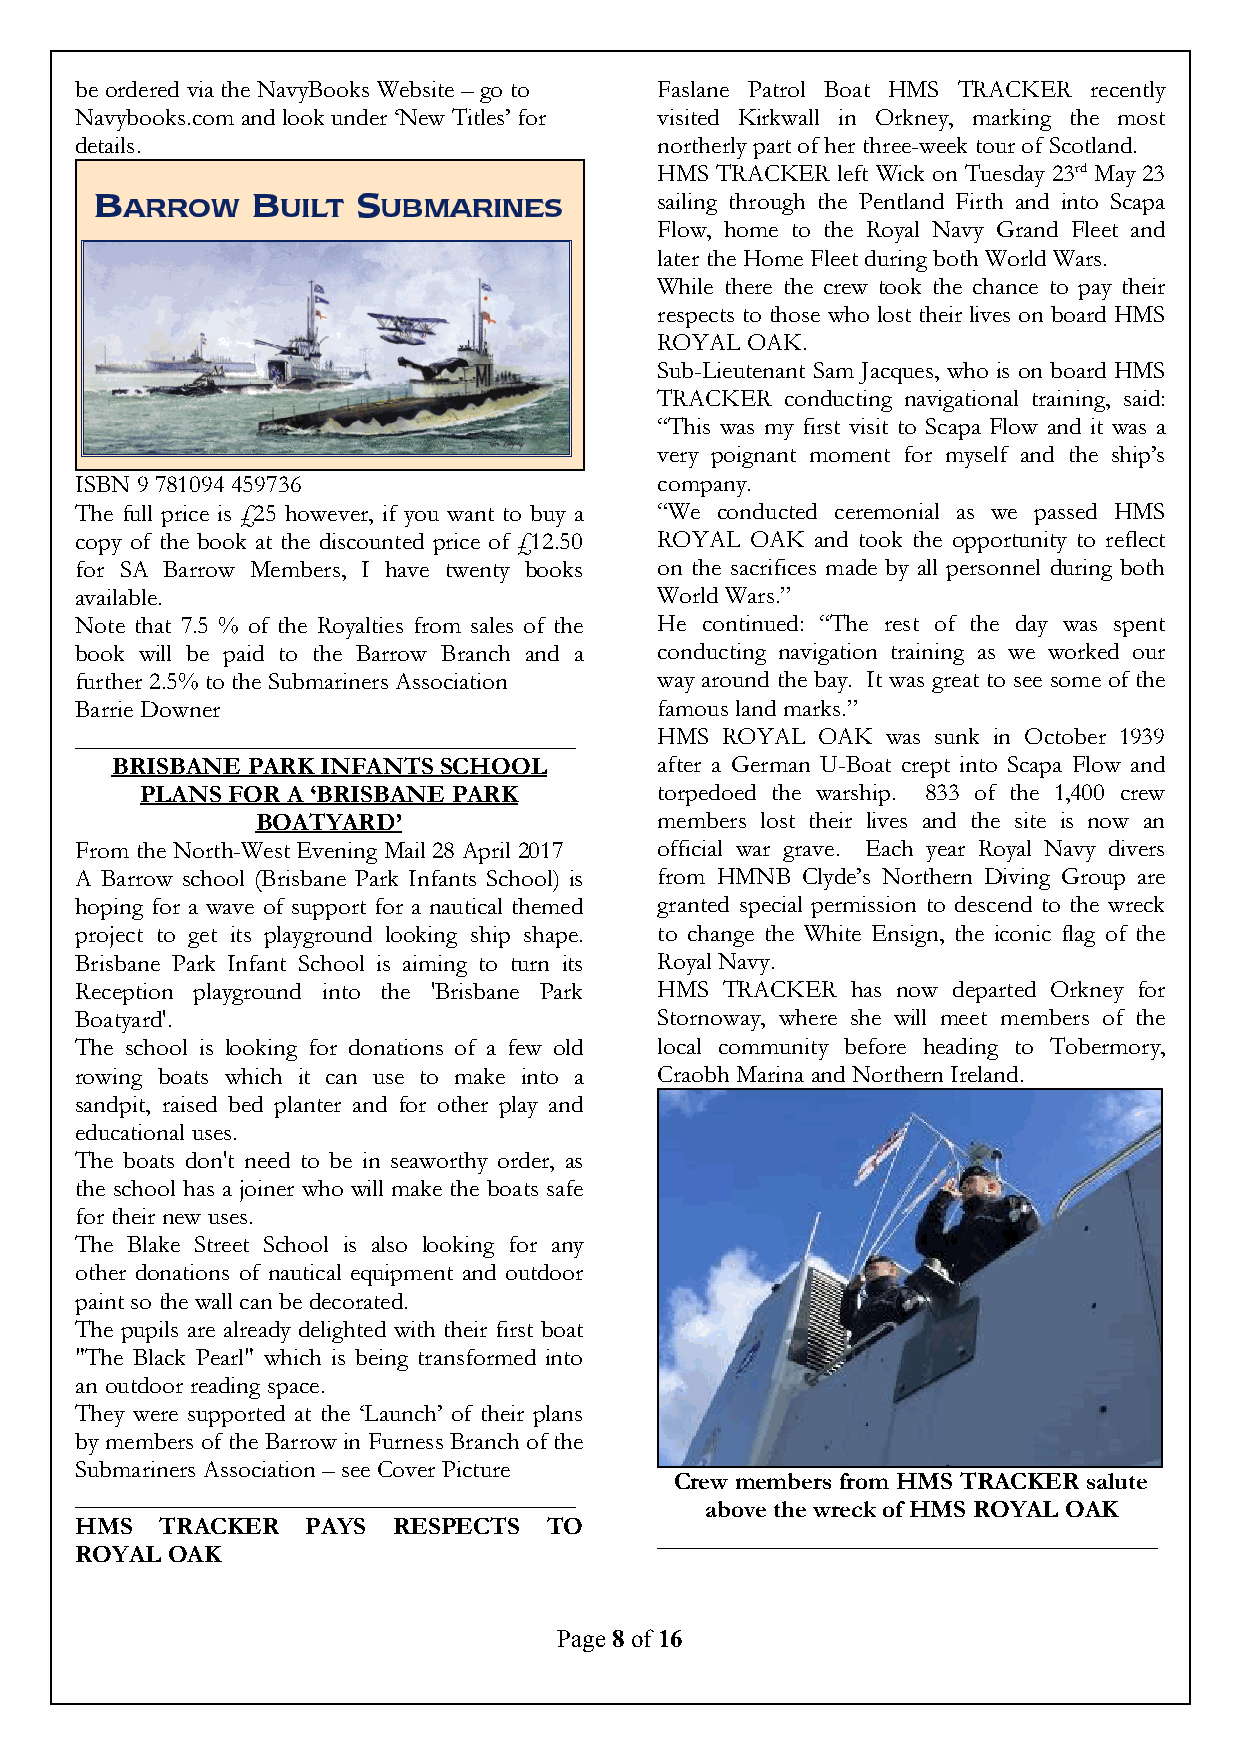
be ordered via the NavyBooks Website – go to Faslane Patrol Boat HMS TRACKER recently
 Navybooks.com and look under ‘New Titles’ for visited Kirkwall in Orkney, marking the most
 details.                              northerly part of her three-week tour of Scotland.
 HMS TRACKER left Wick on Tuesday 23rd May 23
 sailing through the Pentland Firth and into Scapa
 Flow, home to the Royal Navy Grand Fleet and
 later the Home Fleet during both World Wars.
 While there the crew took the chance to pay their
 respects to those who lost their lives on board HMS
 ROYAL OAK.
 Sub-Lieutenant Sam Jacques, who is on board HMS
 TRACKER  conducting navigational training, said:
 “This was my first visit to Scapa Flow and it was a
 very poignant moment for myself and the ship’s
 ISBN 9 781094 459736                  company.
 The full price is £25 however, if you want to buy a “We conducted ceremonial as we passed HMS
 copy of the book at the discounted price of £12.50 ROYAL OAK and took the opportunity to reflect
 for SA Barrow Members, I have twenty books on the sacrifices made by all personnel during both
 available.                            World Wars.”
 Note that 7.5 % of the Royalties from sales of the He continued: “The rest of the day was spent
 book will be paid to the Barrow Branch and a conducting navigation training as we worked our
 further 2.5% to the Submariners Association way around the bay. It was great to see some of the
 Barrie Downer                         famous land marks.”
 ________________________________________ HMS ROYAL OAK was sunk in October 1939
 BRISBANE PARK INFANTS SCHOOL        after a German U-Boat crept into Scapa Flow and
 PLANS FOR A ‘BRISBANE PARK        torpedoed the warship. 833 of the 1,400 crew
 BOATYARD’                 members lost their lives and the site is now an
 From the North-West Evening Mail 28 April 2017 official war grave. Each year Royal Navy divers
 A Barrow school (Brisbane Park Infants School) is from HMNB Clyde’s Northern Diving Group are
 hoping for a wave of support for a nautical themed granted special permission to descend to the wreck
 project to get its playground looking ship shape. to change the White Ensign, the iconic flag of the
 Brisbane Park Infant School is aiming to turn its Royal Navy.
 Reception playground into the ’Brisbane Park HMS TRACKER has now departed Orkney for
 Boatyard’.                            Stornoway, where she will meet members of the
 The school is looking for donations of a few old local community before heading to Tobermory,
 rowing boats which it can use to make into a Craobh Marina and Northern Ireland.
 sandpit, raised bed planter and for other play and
 educational uses.
 The boats don’t need to be in seaworthy order, as
 the school has a joiner who will make the boats safe
 for their new uses.
 The Blake Street School is also looking for any
 other donations of nautical equipment and outdoor
 paint so the wall can be decorated.
 The pupils are already delighted with their first boat
 "The Black Pearl" which is being transformed into
 an outdoor reading space.
 They were supported at the ‘Launch’ of their plans
 by members of the Barrow in Furness Branch of the
 Submariners Association –see Cover Picture
 Crew members from HMS TRACKER salute
 ________________________________________
 above the wreck of HMS ROYAL OAK
 HMS   TRACKER  PAYS  RESPECTS  TO
 ________________________________________
 ROYAL OAK
 Page 8of 16